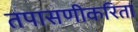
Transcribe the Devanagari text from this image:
तपासणीकरिता